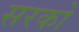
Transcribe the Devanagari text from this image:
सरको